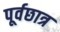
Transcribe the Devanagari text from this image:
पूर्वछात्र